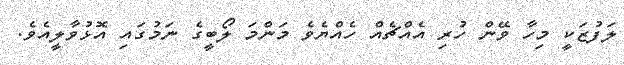
ލަފުޒަކީ މިހާ ވޭން ހުރި އެއްޗެއް ހެއްޔެވެ މަންމަ ލޯބީގެ ނަމުގައި އޮޅުވާލީއެވެ.